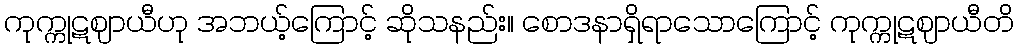
ကုက္ကုဋဈာယီဟု အဘယ့်ကြောင့် ဆိုသနည်း။ စောဒနာရှိရာသောကြောင့် ကုက္ကုဋဈာယီတိ